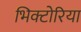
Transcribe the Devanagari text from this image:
भिक्टोरिया